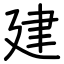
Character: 建